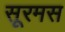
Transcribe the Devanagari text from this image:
सूरमस